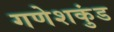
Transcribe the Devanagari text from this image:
गणेशकुंड